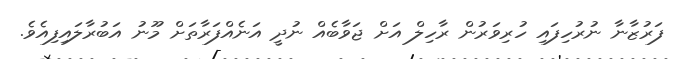
ފަރުޒާނާ ނުރުހިފައި ހުރިވަރުން ރާހިލް އަށް ޖަވާބެއް ނުދީ އަނެއްފަރާތަށް މޫނު އަބުރާލައިފިއެވެ.